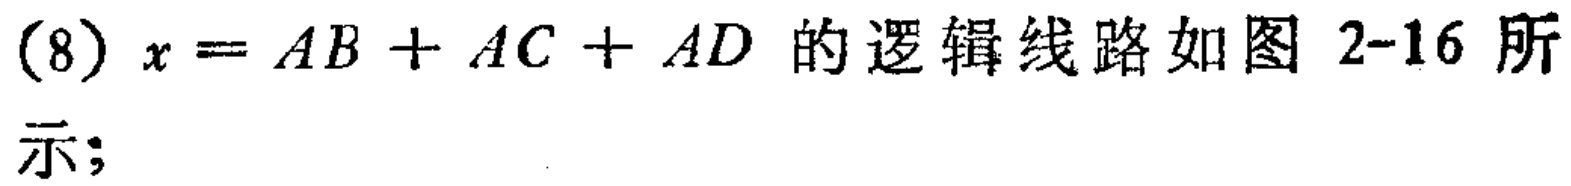
(8) \(x = AB + AC + AD\) 的逻辑线路如图 2-16 所示；